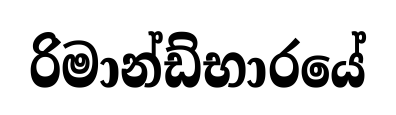
රිමාන්ඩ්භාරයේ